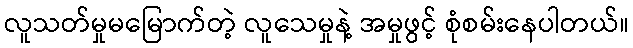
လူသတ်မှုမမြောက်တဲ့ လူသေမှုနဲ့ အမှုဖွင့် စုံစမ်းနေပါတယ်။